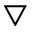
\bigtriangledown